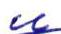
u